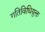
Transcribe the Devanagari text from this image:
गतिविधियुक्त